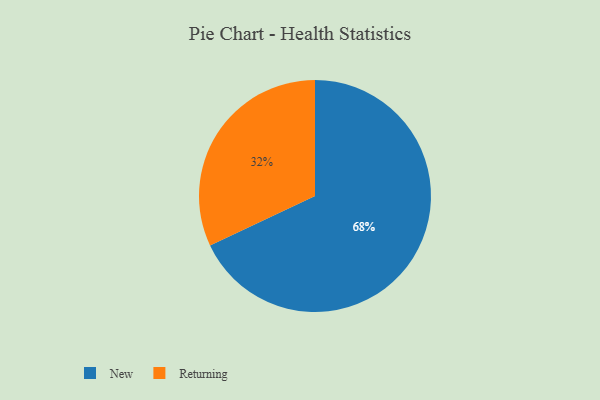
{"axis": {"x": "Category", "y": "Percentage"}, "legend": ["New", "Returning"], "data": [{"x": "Returning", "y": 32, "type": "Returning"}, {"x": "New", "y": 68, "type": "New"}]}